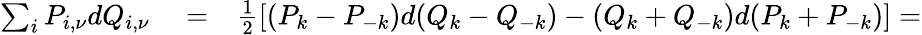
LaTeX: \begin{array}{rlr}{\sum_{i}P_{i,\nu}dQ_{i,\nu}}&{{}=}&{\frac{1}{2}\left[(P_{k}-P_{-k})d(Q_{k}-Q_{-k})-(Q_{k}+Q_{-k})d(P_{k}+P_{-k})\right]=}\end{array}